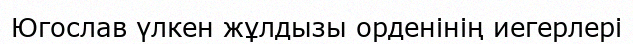
Югослав үлкен жұлдызы орденінің иегерлері